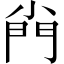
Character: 𡮆